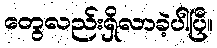
တွေလည်းရှိလာခဲ့ပါပြီ။